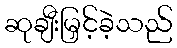
ဆုချီးမြှင့်ခဲ့သည်